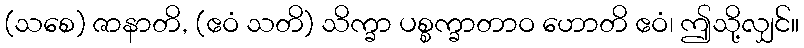
(သစေ) ဇာနာတိ, (ဧဝံ သတိ) သိက္ခာ ပစ္စက္ခာတာဝ ဟောတိ ဧဝံ၊ ဤသို့လျှင်။